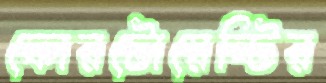
ফোরটোয়েন্টির